Annual report of the Imperial Bacteriologist
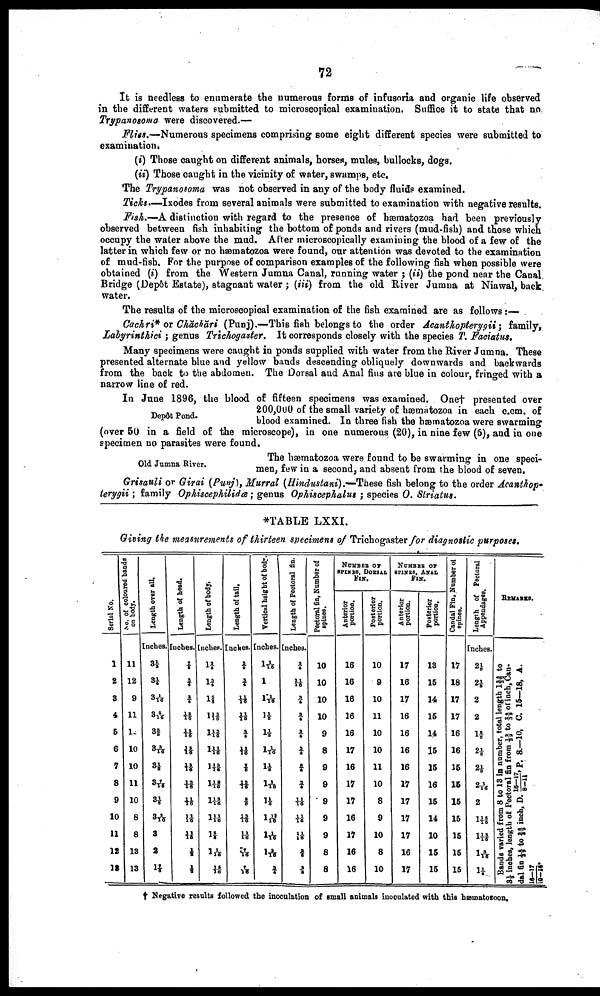
72
It is needless to enumerate the numerous forms of infusoria and organic life observed
in the different waters submitted to microscopical examination. Suffice it to state that no
Trypanosoma were discovered.—
Flies.—Numerous specimens comprising some eight different species were submitted to
examination.
(i) Those caught on different animals, horses, mules, bullocks, dogs.
(ii) Those caught in the vicinity of water, swamps, etc.
The Trypanosoma was not observed in any of the body fluids examined.
Ticks.—Ixodes from several animals were submitted to examination with negative results.
Fish.—A distinction with regard to the presence of hæmatozoa had been previously
observed between fish inhabiting the bottom of ponds and rivers (mud-fish) and those which
occupy the water above the mud. After microscopically examining the blood of a few of the
latter in which few or no hæmatozoa were found, our attention was devoted to the examination
of mud-fish. For the purpose of comparison examples of the following fish when possible were
obtained (i) from the Western Jumna Canal, running water ; (ii) the pond near the Canal.
Bridge (Depôt Estate), stagnant water; (iii) from the old River Jumna at Niawal, back
water.
The results of the microscopical examination of the fish examined are as follows :—
Cachri* or Chăchări (Punj).—This fish belongs to the order Acanthopterygii; family,
Labyrinthici ; genus Trichogaster. It corresponds closely with the species T. Faciatus.
Many specimens were caught in ponds supplied with water from the River Jumna. These
presented alternate blue and yellow bands descending obliquely downwards and backwards
from the back to the abdomen. The Dorsal and Anal fins are blue in colour, fringed with a
narrow line of red.
Depôt Pond.
In June 1896, the blood of fifteen specimens was examined. One† presented over
200,000 of the small variety of hæmatozoa in each c.cm. of
blood examined. In three fish the hæmatozoa were swarming
(over 50 in a field of the microscope), in one numerous (20), in nine few (5), and in one
specimen no parasites were found.
Old Jumna River.
The hæmatozoa were found to be swarming in one speci-
men, few in a second, and absent from the blood of seven.
Grisauli or Girai (Punj), Murral (Hindustani).—These fish belong to the order Acanthop¬
terygii ; family Ophiscephilidæ; genus Ophiscephalus ; species O. Striatus.
*TABLE LXXI.
Giving the measurements of thirteen specimens of Trichogaster for diagnostic purposes.
Serial No.
1
2
3
4
5
6
7
8
9
10
11
12
13
No.
of coloured bands
on body.
11
12
9
11
12
10
10
11
10
8
8
13
13
Length over all.
Inches.
3½
3¼
3 1/10
3 5/10
3 ⅜
3 3/10
3½
3 1/10
3 1/5
3 3/10
3
2
1 1/5
Length of head.
Inches.
⅞
¾
¾
13/10
13/10
13/10
13/10
13/10
11/10
11/10
11/10
½
¼
Length of body.
Inhes.
1¾
1¾
1⅝
l 13/10
1 13/10
1 12/10
1 12/10
1 13/10
1 13/10
1 11/10
1⅝
1 1/10
15/10
Length of tail.
Inches.
¾
¾
11/16
11/16
3/5
11/16
7/5
13/16
⅝
13/16
11/10
7/16
7/16
Vertical
height of body.
Inches.
1 1/16
1
1 3/16
1 1/8
1 1/5
1 1/16
1⅛
11/16
1⅛
113/16
1 1/10
1 3/14
¾
Length of Pectoral fin.
Inches.
¾
11/16
¾
¾
¾
¾
¾
¾
11/16
11/16
11/10
¾
¾
Pectoral fin, Number of
spines.
10
10
10
10
9
8
9
9
9
9
9
8
8
NUMBER OF SPINKS, DOESAL
FIN.
Anterior
portion.
16
16
16
16
16
17
16
17
17
16
17
16
16
Posterior
portion.
10
9
10
11
10
10
11
10
8
9
10
8
10
NUMBER
OF
SPINES, ANAL
FIN.
Anterior
portion.
17
16
17
16
16
16
16
17
17
17
17
16
17
Posterior
portion.
13
15
14
15
14
15
15
16
15
14
10
15
15
Candal Fin, Number of
spines.
17
18
17
17
16
16
15
15
15
15
15
15
15
Length of Pectoral
Appendages.
Inches.
2 1/5
2 ⅛
2
2
1 5/8
2 1/5
2 1/5
2 1/10
2
1 15/10
1 15/10
1 3/10
1¼
REMARKS.
Bauds varied from 8 to 13 in number, total length 1 28/32 to
3½
inches, length of Pectoral fin from 12/32 to 24/32 of inch, Can
dal fin 14/32 to 25/32 inch, D. 16-17/8-11,P. 8.-10, C. 15-18, A.
16-17/10-15
† Negative results followed the inoculation of small animals inoculated with this hæmatozoon.